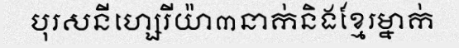
បុរសនីហ្សេរីយ៉ា៣នាក់និងខ្មែរម្នាក់